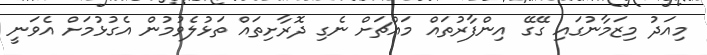
މިއަދު މިޒަމާނުގައި ގޭގޭ އިންފާރުތައް މައްޗަށް ނެގި ދޮރާށިތައް ތަޅުލެވުމުން އެގުޅުމަށް އެވަނީ